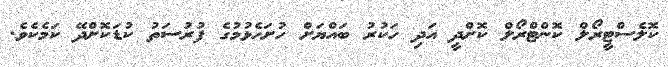
ކޮލެސްޓީރޯލް ކޮންޓްރޯލް ކޮށްދީ އަދި ހަކުރު ބައްޔަށް ހުށަހެޅުމުގެ ފުރުސަތު ކުޑަކޮށްދޭ ކަމެކެވެ.